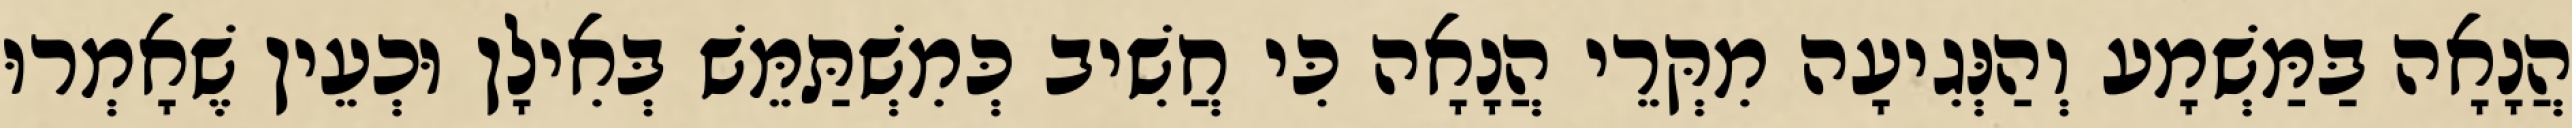
הֲנָאָה בַּמַּשְׁמָע וְהַנְּגִיעָה מִקְּרֵי הֲנָאָה כִּי חֲשִׁיב כְּמִשְׁתַּמֵּשׁ בְּאִילָן וּכְעֵין שֶׁאָמְרוּ